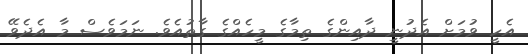
އެހީ ވުމަށް އެދުނީ ދާއިންގެ ތިމާގެ މީހެއްގެ ގާތުއެވެ. ނަމަވެސް މާ އެދެވޭ